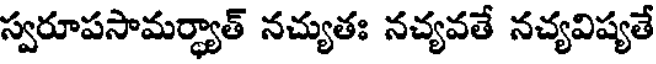
స్వరూపసామర్థ్యాత్ నచ్యుతః నచ్యవతే నచ్యవిష్యతే